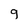
Character: 9